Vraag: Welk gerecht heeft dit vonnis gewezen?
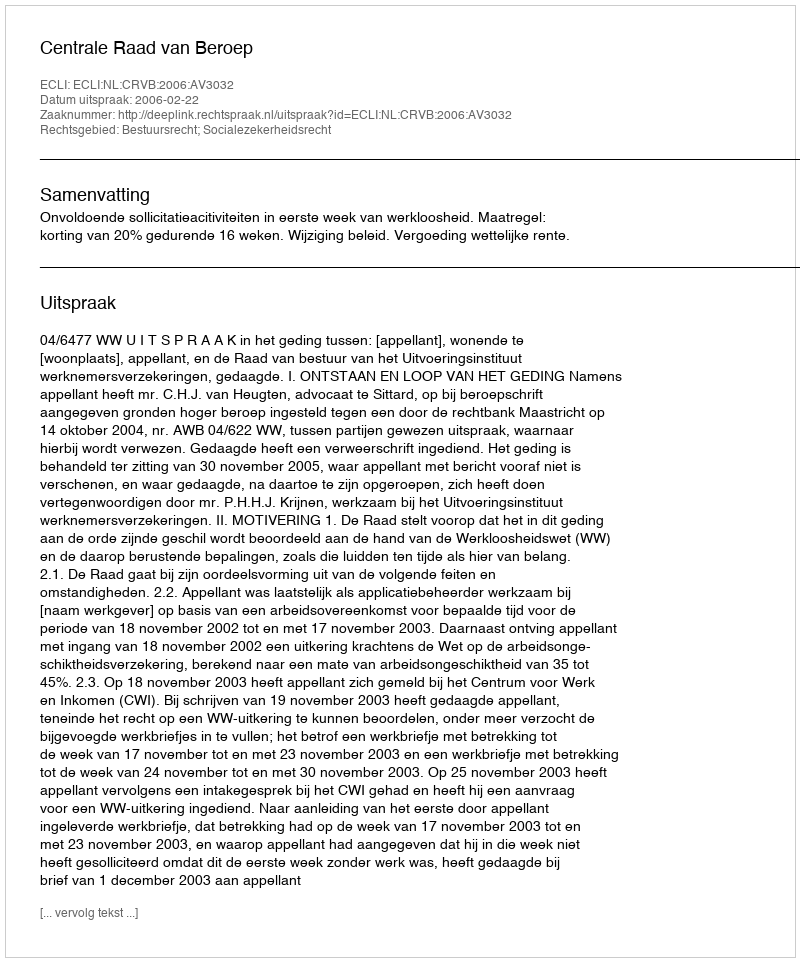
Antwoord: Centrale Raad van Beroep